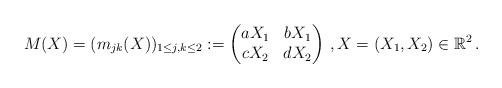
LaTeX: \begin{align*}M(X) = (m_{jk}(X))_{1\le j,k\le 2} := \begin{pmatrix}a X_1& b X_1 \\ c X_2 & d X_2\end{pmatrix}\,, X=(X_1,X_2)\in \mathbb{R}^2\,. \end{align*}